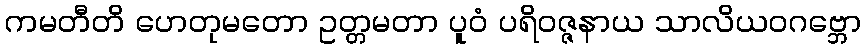
ကမတီတိ ဟေတုမတော ဥတ္တမတာ ပူဝံ ပရိဝဇ္ဇနာယ သာလိယဝဂဗ္ဘော